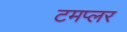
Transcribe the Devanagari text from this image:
टमप्लर